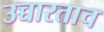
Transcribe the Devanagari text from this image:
उच्चारताच